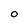
Character: 0